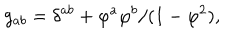
g _ { a b } = \delta ^ { a b } + \varphi ^ { a } \varphi ^ { b } / ( 1 - \varphi ^ { 2 } ) ,